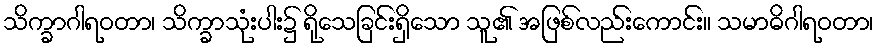
သိက္ခာဂါရဝတာ၊ သိက္ခာသုံးပါး၌ ရိုသေခြင်းရှိသော သူ၏ အဖြစ်လည်းကောင်း။ သမာဓိဂါရဝတာ၊